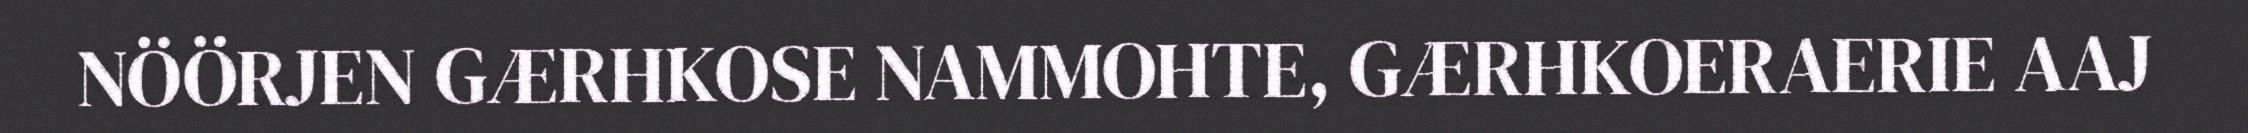
NÖÖRJEN GÆRHKOSE NAMMOHTE, GÆRHKOERAERIE AAJ